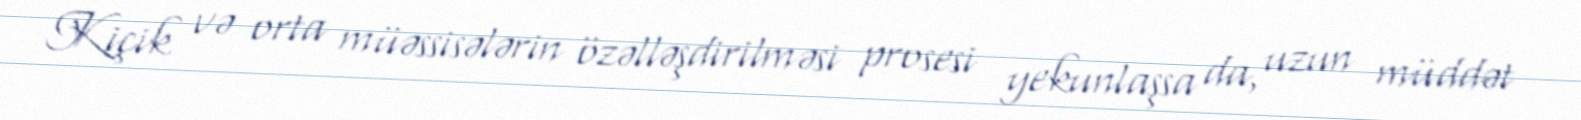
Kiçik və orta müəssisələrin özəlləşdirilməsi prosesi yekunlaşsa da, uzun müddət